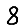
Digit: 8